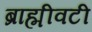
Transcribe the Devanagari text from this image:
ब्राह्मीवटी